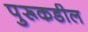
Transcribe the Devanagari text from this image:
पुरूकडील